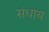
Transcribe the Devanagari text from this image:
संधाय